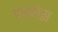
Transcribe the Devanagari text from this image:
वाप्कोस